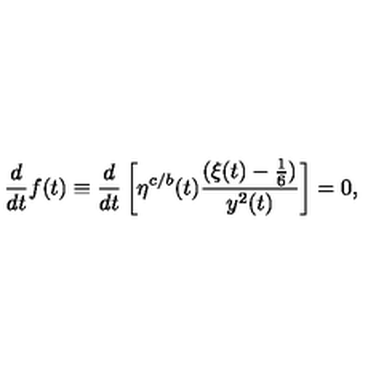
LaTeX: { \frac { d } { d t } } f ( t ) \equiv { \frac { d } { d t } } \left[ \eta ^ { c / b } ( t ) { \frac { ( \xi ( t ) - { \frac { 1 } { 6 } } ) } { y ^ { 2 } ( t ) } } \right] = 0 ,